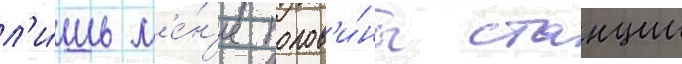
л'и́шь м'е́н'ее полов'и́ны станции